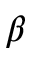
\beta